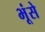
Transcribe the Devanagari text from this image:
भूंसे